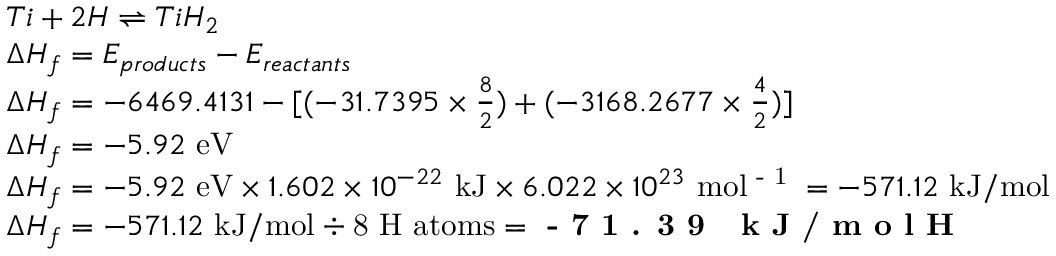
\begin{array} { r l } & { T i + 2 H \rightleftharpoons T i H _ { 2 } } \\ & { { \Delta } H _ { f } = E _ { p r o d u c t s } - E _ { r e a c t a n t s } } \\ & { { \Delta } H _ { f } = - 6 4 6 9 . 4 1 3 1 - [ ( - 3 1 . 7 3 9 5 \times \frac { 8 } { 2 } ) + ( - 3 1 6 8 . 2 6 7 7 \times \frac { 4 } { 2 } ) ] } \\ & { { \Delta } H _ { f } = - 5 . 9 2 ~ \mathrm { e V } } \\ & { { \Delta } H _ { f } = - 5 . 9 2 ~ \mathrm { e V } \times 1 . 6 0 2 \times 1 0 ^ { - 2 2 } ~ \mathrm { k J } \times 6 . 0 2 2 \times 1 0 ^ { 2 3 } ~ \mathrm { m o l \textsuperscript { - 1 } } = - 5 7 1 . 1 2 ~ \mathrm { k J / m o l } } \\ & { { \Delta } H _ { f } = - 5 7 1 . 1 2 ~ \mathrm { k J / m o l } \div \mathrm { 8 ~ H ~ a t o m s } = \textbf { - 7 1 . 3 9 ~ k J / m o l H } } \end{array}